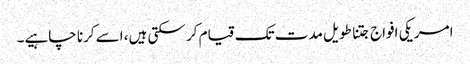
امریکی افواج جتنا طویل مدت تک قیام کر سکتی ہیں، اسے کرنا چاہیے۔